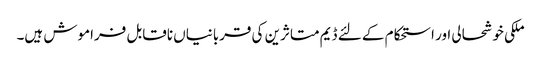
ملکی خوشحالی اور استحکام کے لئے ڈیم متاثرین کی قربانیاں ناقابل فراموش ہیں۔